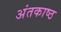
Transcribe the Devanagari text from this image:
अंतकाष्ठ